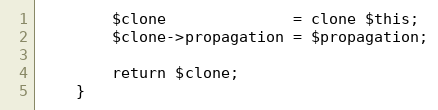
Language: PHP
        $clone              = clone $this;
        $clone->propagation = $propagation;

        return $clone;
    }